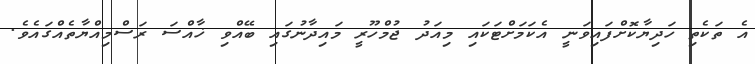
އެ ތަކެތި ހަދިޔާކޮށްފައިވަނީ އެކަމަށްޓަކައި މިއަދު ޖުމްހޫރީ މައިދާނުގައި ބޭއްވި ޚާއްސަ ރަސްމިއްޔާތެއްގައެވެ.